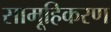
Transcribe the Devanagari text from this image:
सामूहिकरण